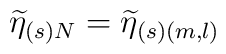
\widetilde{\eta }_{(s)N}=\widetilde{\eta }_{(s)(m,l)}